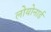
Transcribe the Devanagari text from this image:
लोयोनार्ड